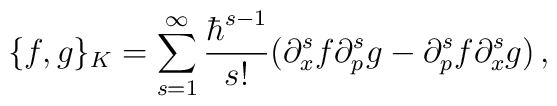
\{ f , g \}_K = \sum_{s=1}^\infty{\hbar^{s-1} \over s!}(\partial_x^s f \partial_p^s g-\partial_p^s f \partial_x^s g)\,,